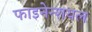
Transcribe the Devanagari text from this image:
फाइनेन्शयल